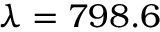
\lambda = 7 9 8 . 6